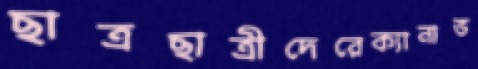
ছাত্রছাত্রীদেরেক্যানাভ